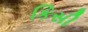
કિસી